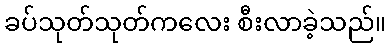
ခပ်သုတ်သုတ်ကလေး စီးလာခဲ့သည်။